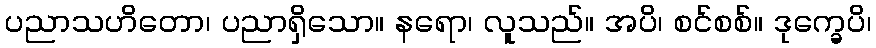
ပညာသဟိတော၊ ပညာရှိသော။ နရော၊ လူသည်။ အပိ၊ စင်စစ်။ ဒုက္ခေပိ၊